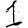
Digit: 1